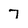
Character: 7